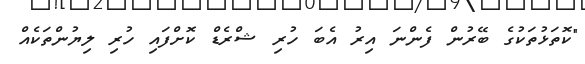
"ކޮތަޅުތަކުގެ ބޭރުން ފެންނަ އިރު އެބަ ހުރި ޝްރެޑް ކޮށްފައި ހުރި ލިޔުންތަކެއް